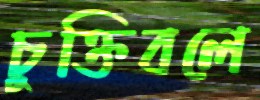
চুক্তিবলে